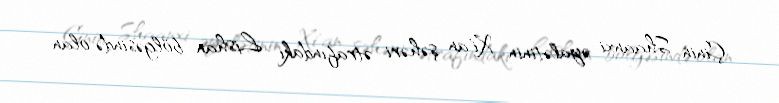
Çinin Shaanxi əyalətinin Xi'an şəhəri ətrafındakı Lishan bölgəsində olan